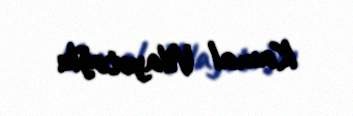
Kamal Vilayətoğlu